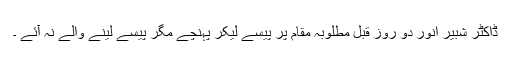
ڈاکٹر شبیر انور دو روز قبل مطلوبہ مقام پر پیسے لیکر پہنچے مگر پیسے لینے والے نہ آئے ۔